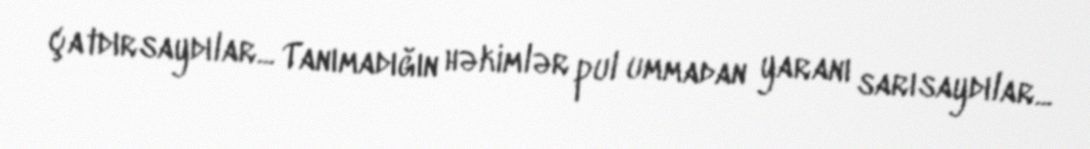
çatdırsaydılar... Tanımadığın həkimlər pul ummadan yaranı sarısaydılar...